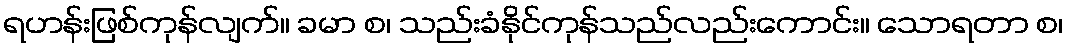
ရဟန်းဖြစ်ကုန်လျက်။ ခမာ စ၊ သည်းခံနိုင်ကုန်သည်လည်းကောင်း။ သောရတာ စ၊